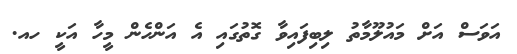
އަވަސް އަށް މައުލޫމާތު ލިބިފައިވާ ގޮތުގައި އެ އަންހެން މީހާ އަކީ ހއ.